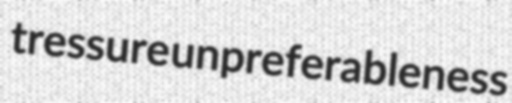
tressure unpreferableness